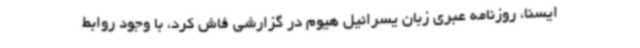
ایسنا، روزنامه عبری زبان یسرائیل هیوم در گزارشی فاش کرد، با وجود روابط